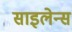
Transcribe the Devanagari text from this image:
साइलेन्स